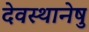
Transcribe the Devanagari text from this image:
देवस्थानेषु